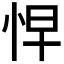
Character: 𭜬